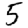
Digit: 5